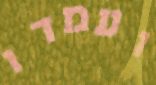
ועמדו